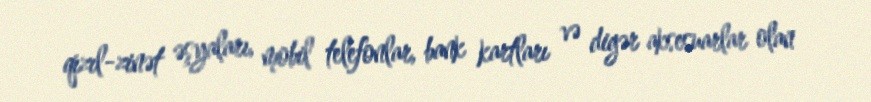
qızıl-zinət əşyaları, mobil telefonlar, bank kartları və digər aksesuarlar olan